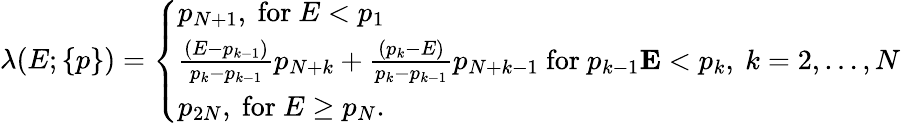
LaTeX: \begin{array}{r}{\lambda(E;\{ p\} )=\left\{ \begin{array}{ll}{p_{N+1},\mathrm{~for~}E<p_{1}}\\ {\frac{(E-p_{k-1})}{p_{k}-p_{k-1}}p_{N+k}+\frac{(p_{k}-E)}{p_{k}-p_{k-1}}p_{N+k-1}\mathrm{~for~}p_{k-1}\le E<p_{k},\ k=2,\ldots,N}\\ {p_{2N},\mathrm{~for~}E\ge p_{N}.}\end{array}\right.}\end{array}